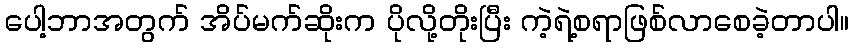
ပေါ့ဘာအတွက် အိပ်မက်ဆိုးက ပိုလို့တိုးပြီး ကဲ့ရဲ့စရာဖြစ်လာစေခဲ့တာပါ။